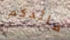
قائدكم